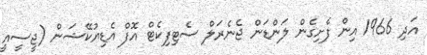
އަދި 1966 އިން ފެށިގެން ލަންޑަން ޖެނެރަލް ސެޓިފިކެޓް އޮފް އެޑިޔުކޭޝަން (ޖީސީއީ